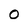
Character: 0